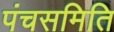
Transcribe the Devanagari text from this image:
पंचसमिति